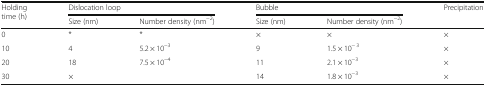
| <ROWSPAN=2> Holding time (h) | <COLSPAN=2> Dislocation loop | <COLSPAN=2> Bubble | <ROWSPAN=2> Precipitation |
 | Size (nm) | Number density (nm−2) | Size (nm) | Number density (nm−2) |
 | --- | --- | --- | --- | --- | --- |
 | 0 | * | * | × | × | × |
 | 10 | 4 | 5.2 × 10−3 | 9 | 1.5 × 10− 3 | × |
 | 20 | 18 | 7.5 × 10−4 | 11 | 2.1 × 10−3 | × |
 | 30 | × |  | 14 | 1.8 × 10−3 | × |